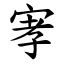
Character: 宯